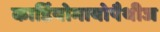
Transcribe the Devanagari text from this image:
कार्डियोमायोपैथीज